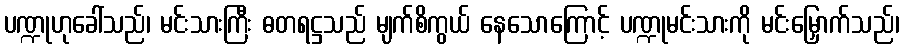
ပဏ္ဍုဟုခေါ်သည်၊ မင်းသားကြီး ဓတရဋ္ဌသည် မျက်စိကွယ် နေသောကြောင့် ပဏ္ဍုမင်းသားကို မင်းမြှောက်သည်၊